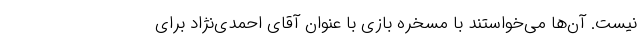
نیست. آن‌ها می‌خواستند با مسخره بازی با عنوان آقای احمدی‌نژاد برای